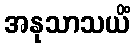
အနုသာသယိံ